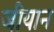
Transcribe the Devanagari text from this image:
जीयान